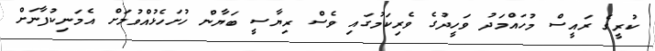
ކުރީގެ ރައީސް މުހައްމަދު ވަހީދުގެ ވެރިކަމުގައި ވެސް ރިޔާސީ ބަޔާން ހުށަހެޅުއްވުމަށް އެމަނިކުފާނަށް